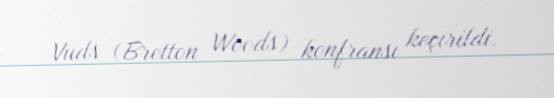
Vuds (Bretton Woods) konfransı keçirildi.